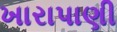
ખારાપાણી